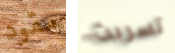
مقود تسربت